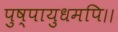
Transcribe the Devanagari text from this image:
पुष्पायुधमपि।।